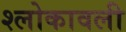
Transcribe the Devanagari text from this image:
श्लोकावली